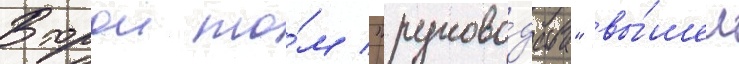
Второи то́м "руково́дства" вы́шел